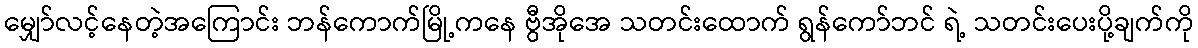
မျှော်လင့်နေတဲ့အကြောင်း ဘန်ကောက်မြို့ကနေ ဗွီအိုအေ သတင်းထောက် ရွန်ကော်ဘင် ရဲ့ သတင်းပေးပို့ချက်ကို